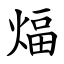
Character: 煏